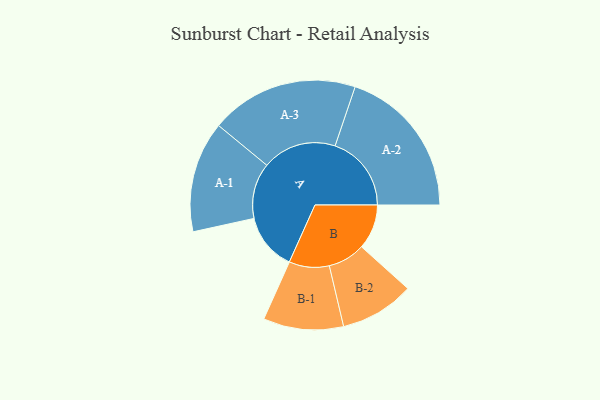
{"axis": {"x": "Segment", "y": "Value"}, "legend": ["", "A", "B"], "data": [{"x": "A", "y": 215, "type": ""}, {"x": "B", "y": 169, "type": ""}, {"x": "A-1", "y": 209, "type": "A"}, {"x": "A-2", "y": 287, "type": "A"}, {"x": "A-3", "y": 279, "type": "A"}, {"x": "B-1", "y": 151, "type": "B"}, {"x": "B-2", "y": 140, "type": "B"}]}